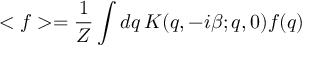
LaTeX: < f > = \frac { 1 } { Z } \int d q \, K ( q , - i \beta ; q , 0 ) f ( q )